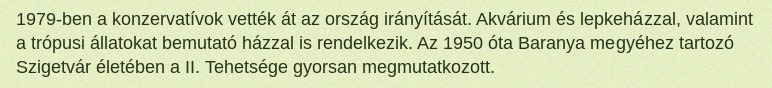
1979-ben a konzervatívok vették át az ország irányítását. Akvárium és lepkeházzal, valamint a trópusi állatokat bemutató házzal is rendelkezik. Az 1950 óta Baranya megyéhez tartozó Szigetvár életében a II. Tehetsége gyorsan megmutatkozott.